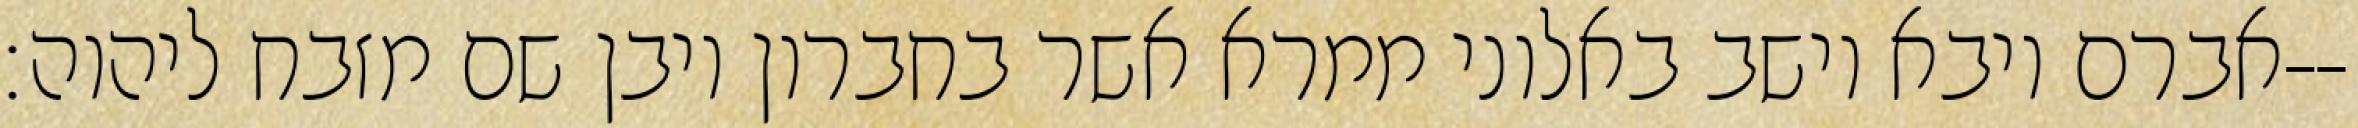
אברם ויבא וישב באלוני ממרא אשר בחברון ויבן שם מזבח ליהוה׃--